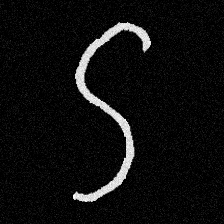
Pyu character \u2014 Myanmar letter: ဌ (romanized: ttha)